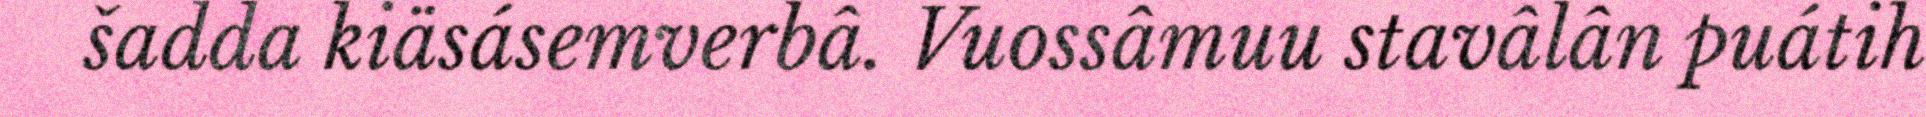
šadda kiäsásemverbâ. Vuossâmuu stavâlân puátih